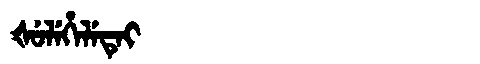
Manchu: ᡧᡠᠯᡝᡥᡝᠯᡝᡨᡝᡳ
Romanization: ŠULEHELETEI